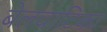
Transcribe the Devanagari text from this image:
बेलवाटिका